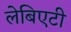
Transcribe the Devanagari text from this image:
लेबिएटी